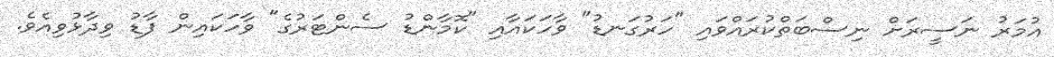
އުމަރު ނަސީރަށް ނިސްބަތްކުރައްވައި "ހަރުގަނޑު" ވާހަކައާއި "ކޮމާންޑު ސެންޓަރުގެ" ވާހަކައިން ފާޑު ވިދާޅުވިއެވެ.